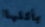
يأكلها